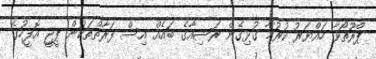
ޕްރޫތޯވާ ހައްޔަރު ކުރުމާ ގުޅިގެން ރަޝިއާގެ ބައެއް އިސް ފަރާތްތަކުން ޕީޖީ އޮފީހުގެ